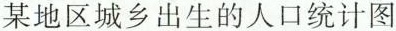
某地区城乡出生的人口统计图